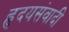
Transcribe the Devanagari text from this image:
हृदयसंवादी